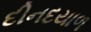
દીનદયાળ